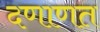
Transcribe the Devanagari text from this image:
दणाणत